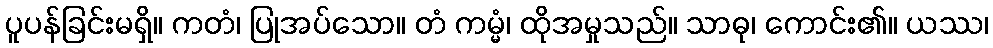
ပူပန်ခြင်းမရှိ။ ကတံ၊ ပြုအပ်သော။ တံ ကမ္မံ၊ ထိုအမှုသည်။ သာဓု၊ ကောင်း၏။ ယဿ၊